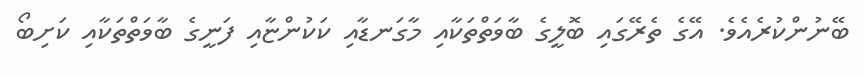
ބޭނުންކުރެއެވެ. އޭގެ ތެރޭގައި ބޮލީގެ ބާވަތްތަކާއި މާގަނޑާއި ކަކުންޏާއި ފަނީގެ ބާވަތްތަކާއި ކަށިބޯ